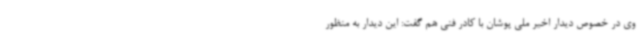
وی در خصوص دیدار اخیر ملی پوشان با کادر فنی هم گفت: این دیدار به منظور